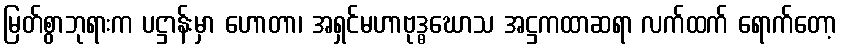
မြတ်စွာဘုရားက ပဋ္ဌာန်းမှာ ဟောတာ၊ အရှင်မဟာဗုဒ္ဓဃောသ အဋ္ဌကထာဆရာ လက်ထက် ရောက်တော့